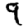
Digit: 9